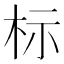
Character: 标